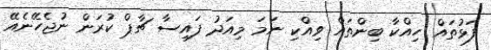
ފަޅުތައް ހިއްކާ ބިންތައް ވިއްކި ނަމަ މިއަދު ފައިސާ ޗާޕް ކުރަން ނުޖެހޭނެއޭ